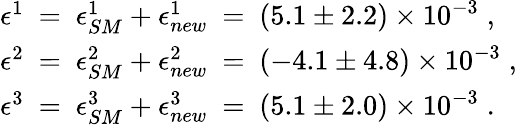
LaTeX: \begin{array}{l}{{\epsilon^{1}~=~\epsilon_{SM}^{1}+\epsilon_{new}^{1}~=~(5.1\pm 2.2)\times 10^{-3}\; ,}}\\ {{\epsilon^{2}~=~\epsilon_{SM}^{2}+\epsilon_{new}^{2}~=~(-4.1\pm 4.8)\times 10^{-3}\; ,}}\\ {{\epsilon^{3}~=~\epsilon_{SM}^{3}+\epsilon_{new}^{3}~=~(5.1\pm 2.0)\times 10^{-3}\; .}}\end{array}